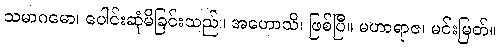
သမာဂမော၊ ပေါင်းဆုံမိခြင်းသည်။ အဟောသိ၊ ဖြစ်ပြီ။ မဟာရာဇ၊ မင်းမြတ်။